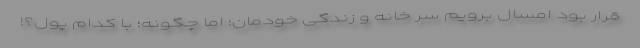
قرار بود امسال برویم سر خانه و زندگی خودمان؛ اما چگونه؛ با کدام پول؟!